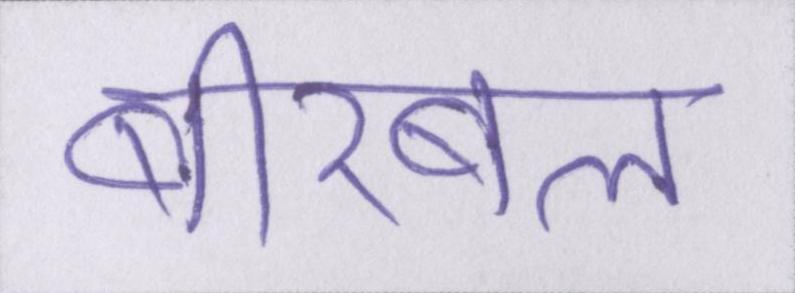
बीरबल